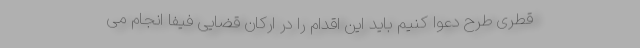
قطری طرح دعوا کنیم باید این اقدام را در ارکان قضایی فیفا انجام می